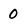
Character: 0